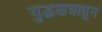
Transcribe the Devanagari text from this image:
युद्धक्षेत्रातुन